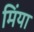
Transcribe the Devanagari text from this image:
मिंया